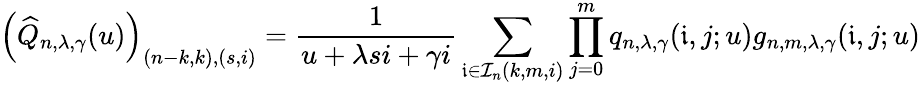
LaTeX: \left(\widehat{Q}_{n,\lambda,\gamma}(u)\right)_{(n-k,k),(s,i)}=\frac{1}{u+\lambda si+\gamma i}\sum_{\mathfrak{i}\in\mathcal{I}_{n}(k,m,i)}\prod_{j=0}^{m}q_{n,\lambda,\gamma}(\mathfrak{i},j;u)g_{n,m,\lambda,\gamma}(\mathfrak{i},j;u)